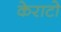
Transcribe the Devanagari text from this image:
केराटो